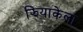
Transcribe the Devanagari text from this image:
झियाकेला